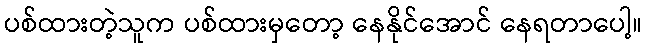
ပစ်ထားတဲ့သူက ပစ်ထားမှတော့ နေနိုင်အောင် နေရတာပေါ့။